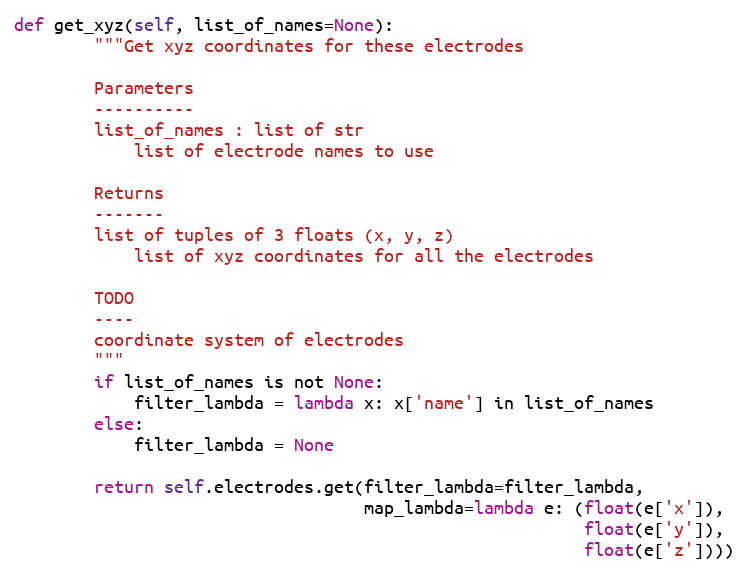
Language: Python
def get_xyz(self, list_of_names=None):
        """Get xyz coordinates for these electrodes

        Parameters
        ----------
        list_of_names : list of str
            list of electrode names to use

        Returns
        -------
        list of tuples of 3 floats (x, y, z)
            list of xyz coordinates for all the electrodes

        TODO
        ----
        coordinate system of electrodes
        """
        if list_of_names is not None:
            filter_lambda = lambda x: x['name'] in list_of_names
        else:
            filter_lambda = None

        return self.electrodes.get(filter_lambda=filter_lambda,
                                   map_lambda=lambda e: (float(e['x']),
                                                         float(e['y']),
                                                         float(e['z'])))